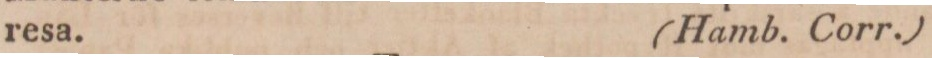
resa.    (Hamb. Corr.)